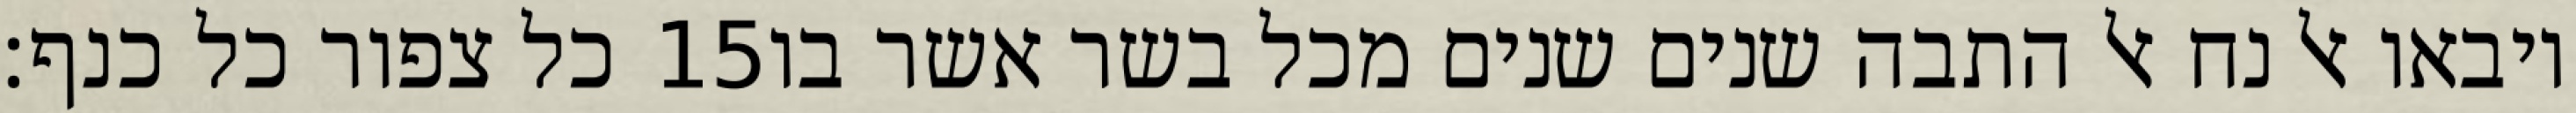
כל צפור כל כנף׃ ‎15‏ ויבאו אל נח אל התבה שנים שנים מכל בשר אשר בו